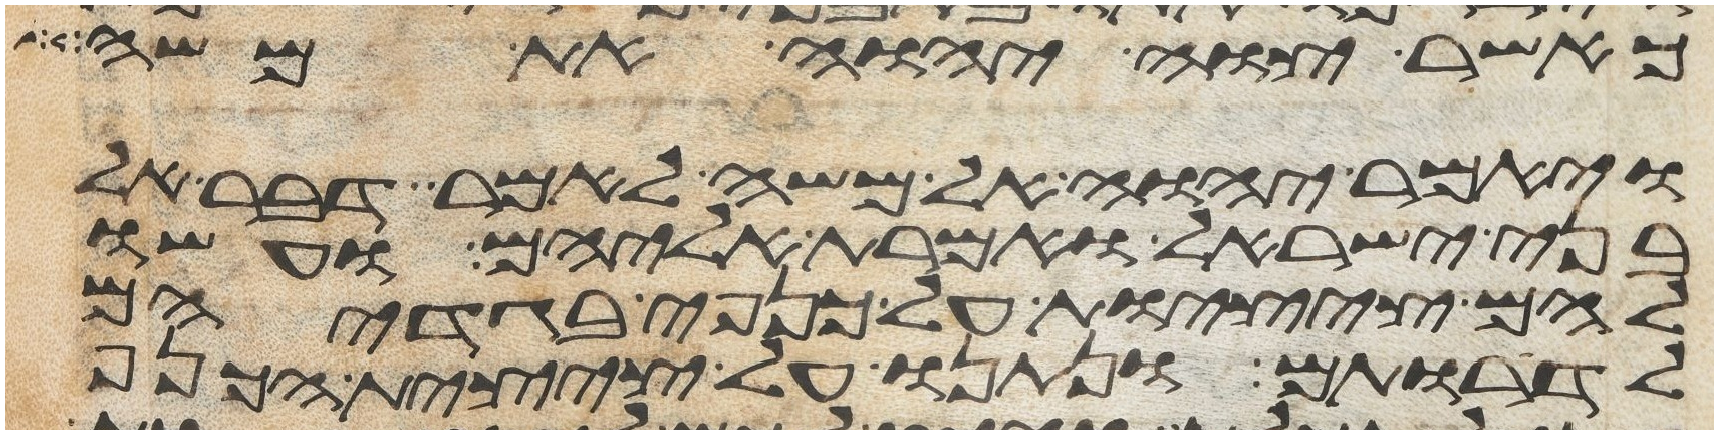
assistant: כאשר צוה יהוה את משה
ויאמר יהוה אל משה לאמר דבר אל
בני ישראל ואמרת אליהם ועשו
להם ציצות על כנפי בגדיהם
לדרתם ונתנו על ציצית הכנף